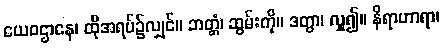
ယေဝဌာနေ၊ ထိုအရပ်၌လျှင်။ ဘတ္တံ၊ ဆွမ်းကို။ ဒတွာ၊ လှူ၍။ နိရာဟာရာ၊